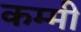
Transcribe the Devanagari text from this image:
कम्मी